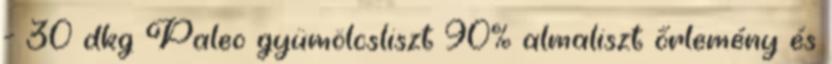
- 30 dkg Paleo gyümölcsliszt 90% almaliszt őrlemény és